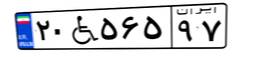
۲۷W۶۲۲۸۵